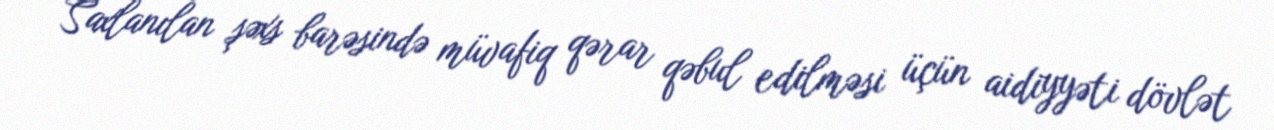
Saxlanılan şəxs barəsində müvafiq qərar qəbul edilməsi üçün aidiyyəti dövlət